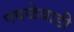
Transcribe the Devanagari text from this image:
पवळेवाडी